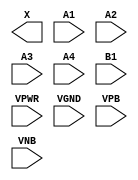
module sky130_fd_sc_ms__o41a (
    X   ,
    A1  ,
    A2  ,
    A3  ,
    A4  ,
    B1  ,
    VPWR,
    VGND,
    VPB ,
    VNB
);

    output X   ;
    input  A1  ;
    input  A2  ;
    input  A3  ;
    input  A4  ;
    input  B1  ;
    input  VPWR;
    input  VGND;
    input  VPB ;
    input  VNB ;
endmodule